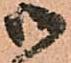
御